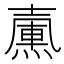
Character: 𡕀